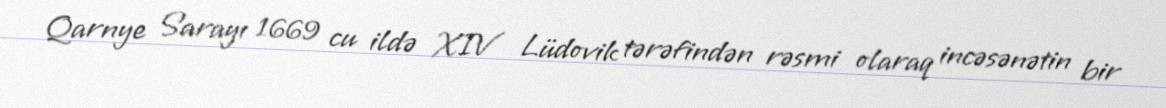
Qarnye Sarayı 1669 cu ildə XIV Lüdovik tərəfindən rəsmi olaraq incəsənətin bir